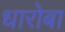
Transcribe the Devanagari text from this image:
धारोबा